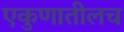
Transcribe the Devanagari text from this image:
एकुणातीलच